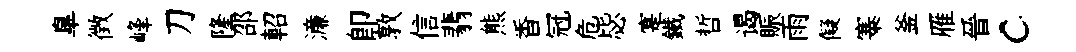
臯徴峰刀隆邵軺濓卽敦信翡熊香冠危毖寔鐵哲谒賑雨儗寨釜雁晉c